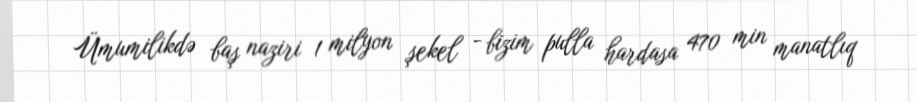
Ümumilikdə baş naziri 1 milyon şekel - bizim pulla hardasa 470 min manatlıq